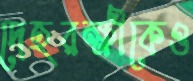
দেহরক্ষীকেও